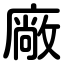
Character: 廠